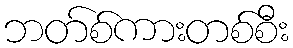
ဘတ်စ်ကားတစ်စီး